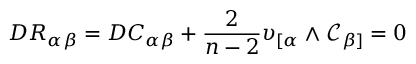
D R _ { \alpha \beta } = D C _ { \alpha \beta } + \frac { 2 } { n - 2 } \upsilon _ { [ \alpha } \land \mathcal { C } _ { \beta ] } = 0